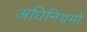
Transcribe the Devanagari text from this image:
अधिनियमो